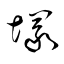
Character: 冢